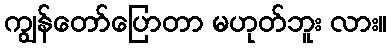
ကျွန်တော်ပြောတာ မဟုတ်ဘူး လား။